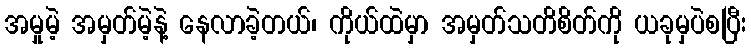
အမှုမဲ့ အမှတ်မဲ့နဲ့ နေလာခဲ့တယ်၊ ကိုယ်ထဲမှာ အမှတ်သတိစိတ်ကို ယခုမှပဲစပြီး